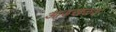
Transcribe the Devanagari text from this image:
आडखळत